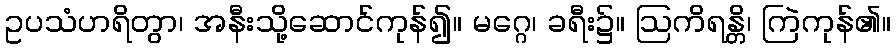
ဥပသံဟရိတွာ၊ အနီးသို့ဆောင်ကုန်၍။ မဂ္ဂေ၊ ခရီး၌။ ဩကိရန္တိ၊ ကြဲကုန်၏။